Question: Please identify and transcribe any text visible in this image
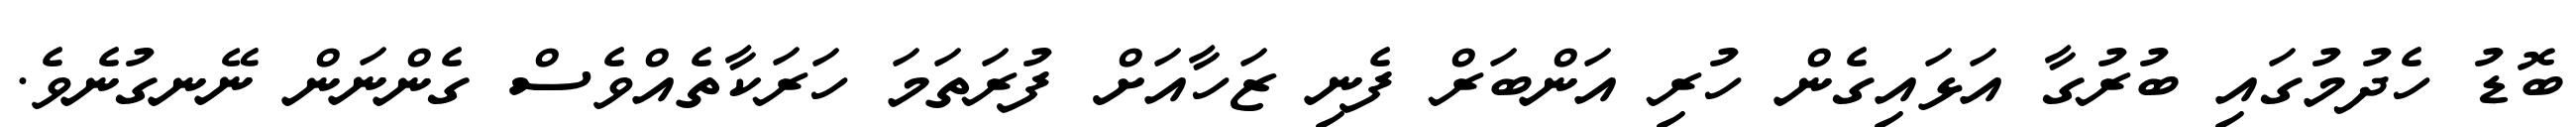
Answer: ބޮޑު ހެދުމުގައި ބުރުގާ އަޅައިގެން ހުރި އަންބަރް ފެނި ޒަހާއަށް ފުރަތަމަ ހަރަކާތެއްވެސް ގެންނަން ނޭނގުނެވެ.